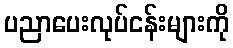
ပညာပေးလုပ်ငန်းများကို